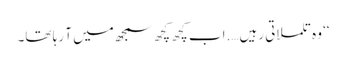
‘‘ وہ تلملاتی رہیں….اب کچھ کچھ سمجھ میں آ رہا تھا۔